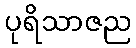
ပုရိသာဇည